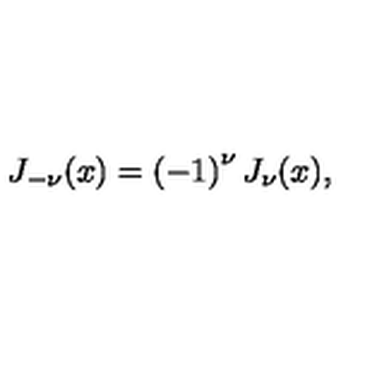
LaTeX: J _ { - \nu } ( x ) = \left( - 1 \right) ^ { \nu } J _ { \nu } ( x ) ,